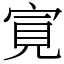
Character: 㝟